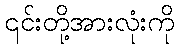
၎င်းတို့အားလုံးကို